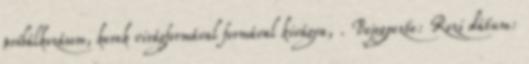
próbálkozásom, kerek virágformával formával kivágva, . Bejegyezte: Rozi dátum: